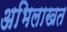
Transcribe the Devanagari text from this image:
अभिलाखत